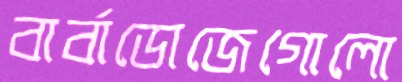
বার্বাডোজেগোলো